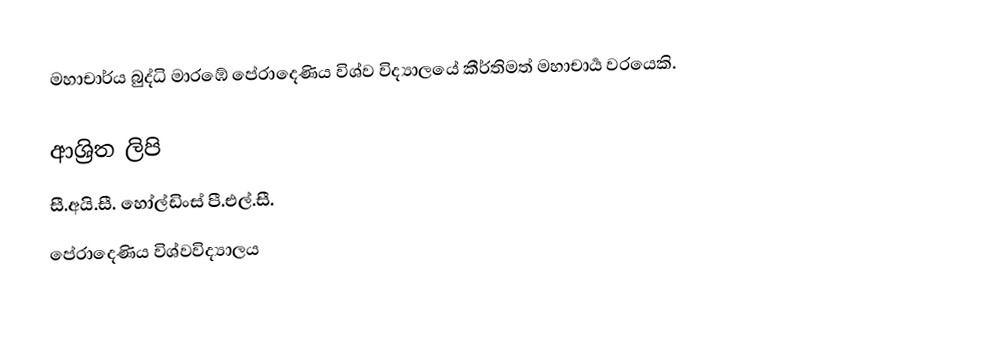
මහාචාර්ය බුද්ධි මාරඹේ පේරාදෙණිය විශ්ව විද්‍යාලයේ කීර්තිමත් මහාචාර්‍ය වරයෙකි.

ආශ්‍රිත ලිපි
 සී.අයි.සී. හෝල්ඩිංස් පී.එල්.සී.
 පේරාදෙණිය‍ විශ්වවිද්‍යාලය